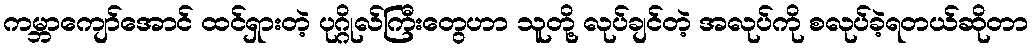
ကမ္ဘာကျော်အောင် ထင်ရှားတဲ့ ပုဂ္ဂိုလ်ကြီးတွေဟာ သူတို့ လုပ်ချင်တဲ့ အလုပ်ကို စလုပ်ခဲ့ရတယ်ဆိုတာ